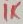
Text: 1K